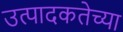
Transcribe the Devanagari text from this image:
उत्पादकतेच्या